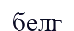
белг